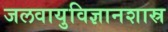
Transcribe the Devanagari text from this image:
जलवायुविज्ञानशास्र